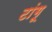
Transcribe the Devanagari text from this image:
टांगू